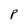
Character: P